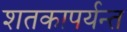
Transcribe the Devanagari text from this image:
शतकापर्यन्त